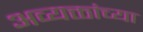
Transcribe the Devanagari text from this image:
अव्यक्तांच्या